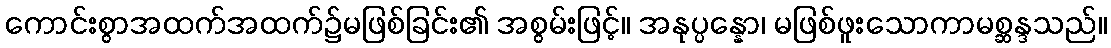
ကောင်းစွာအထက်အထက်၌မဖြစ်ခြင်း၏ အစွမ်းဖြင့်။ အနုပ္ပန္နော၊ မဖြစ်ဖူးသောကာမစ္ဆန္ဒသည်။